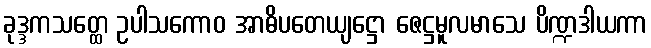
ခုဒ္ဒကသတ္ထေ ဥပါသကောဝ အာဓိပတေယျဋ္ဌော ဇေဋ္ဌမူလမာသေ ပိဏ္ဍဒါယကာ